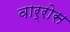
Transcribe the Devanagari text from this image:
वार्रोस